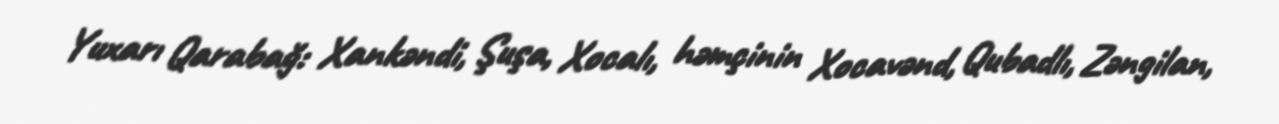
Yuxarı Qarabağ: Xankəndi, Şuşa, Xocalı, həmçinin Xocavənd, Qubadlı, Zəngilan,